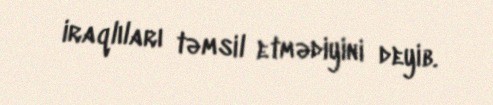
iraqlıları təmsil etmədiyini deyib.